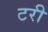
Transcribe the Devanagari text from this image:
टरी